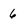
Character: 6